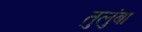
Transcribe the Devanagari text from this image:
तुलुंबा